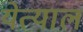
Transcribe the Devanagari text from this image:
येत्याल